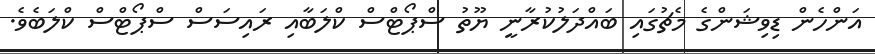
އަންހެން ޑިވިޝަންގެ މެޗުގައި ބައްދަލުކުރާނީ ޔޫތު ސްޕޯޓްސް ކްލަބާއި ރައިސަސް ސްޕޯޓްސް ކްލަބެވެ.